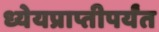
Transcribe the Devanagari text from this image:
ध्येयप्राप्तीपर्यंत